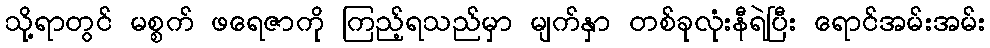
သို့ရာတွင် မစ္စက် ဖရေဇာကို ကြည့်ရသည်မှာ မျက်နှာ တစ်ခုလုံးနီရဲပြီး ရောင်အမ်းအမ်း